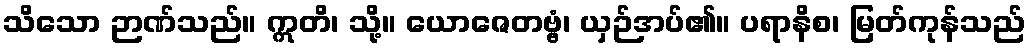
သိသော ဉာဏ်သည်။ ဣတိ၊ သို့။ ယောဇေတဗ္ဗံ၊ ယှဉ်အပ်၏။ ပရာနိစ၊ မြတ်ကုန်သည်